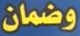
وضمان